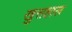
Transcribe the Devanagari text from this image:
खुसहाल